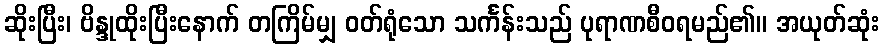
ဆိုးပြီး၊ ဗိန္ဒုထိုးပြီးနောက် တကြိမ်မျှ ဝတ်ရုံသော သင်္ကန်းသည် ပုရာဏစီဝရမည်၏။ အယုတ်ဆုံး